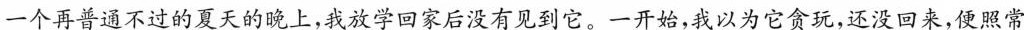
一个再普通不过的夏天的晚上，我放学回家后没有见到它。一开始，我以为它贪玩，还没回来，便照常